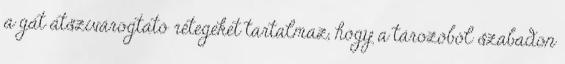
a gát átszivárogtató rétegeket tartalmaz, hogy a tározóból szabadon